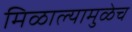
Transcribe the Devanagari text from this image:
मिळाल्यामुळेच